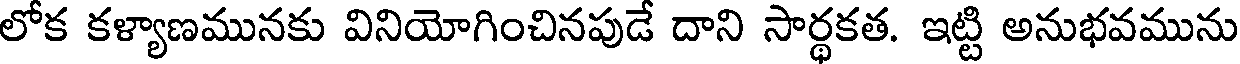
లోక కళ్యాణమునకు వినియోగించినపుడే దాని సార్థకత. ఇట్టి అనుభవమును